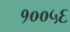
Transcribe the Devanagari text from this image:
१००५६